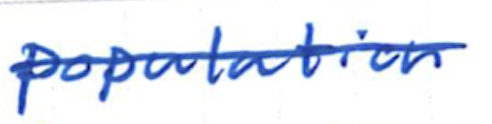
Text: population
Cross-out: single-line
Writing tool: ballpoint